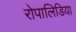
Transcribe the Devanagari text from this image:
रोपालिडिया